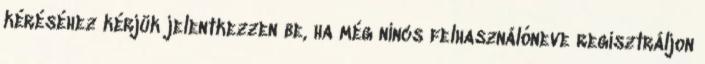
kéréséhez kérjük jelentkezzen be, ha még nincs felhasználóneve regisztráljon